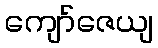
ကျော်ဇေယျ